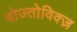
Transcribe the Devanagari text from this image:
वोज्तोविक्ज़